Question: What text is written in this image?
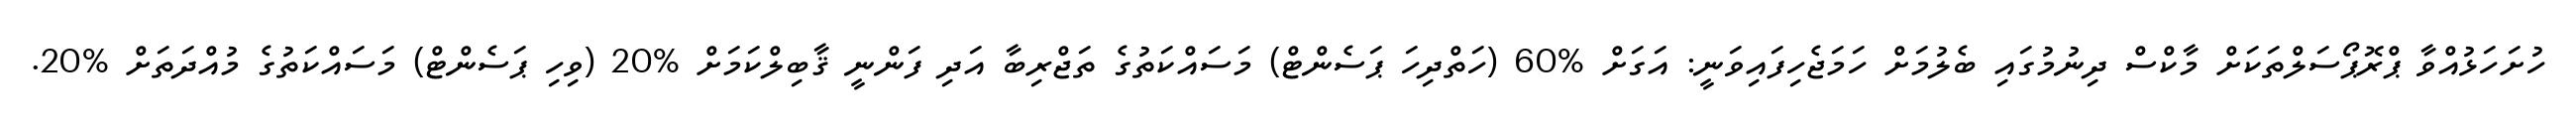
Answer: ހުށަހަޅުއްވާ ޕްރޮޕޯސަލްތަކަށް މާކްސް ދިނުމުގައި ބެލުމަށް ހަމަޖެހިފައިވަނީ: އަގަށް %60 (ހަތްދިހަ ޕަސެންޓް) މަސައްކަތުގެ ތަޖްރިބާ އަދި ފަންނީ ޤާބިލްކަމަށް %20 (ވިހި ޕަސެންޓް) މަސައްކަތުގެ މުއްދަތަށް %20.